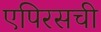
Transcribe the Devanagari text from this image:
एपिरसची